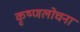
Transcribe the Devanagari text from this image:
कृष्णलोचना